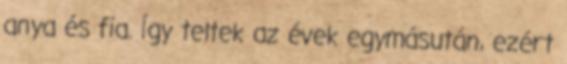
anya és fia. Így teltek az évek egymásután, ezért